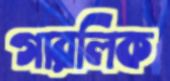
গারলিক